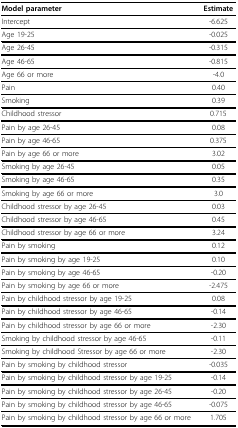
| Model parameter | Estimate |
 | --- | --- |
 | Intercept | -6.625 |
 | Age 19-25 | -0.025 |
 | Age 26-45 | -0.315 |
 | Age 46-65 | -0.815 |
 | Age 66 or more | -4.0 |
 | Pain | 0.40 |
 | Smoking | 0.39 |
 | Childhood stressor | 0.715 |
 | Pain by age 26-45 | 0.08 |
 | Pain by age 46-65 | 0.375 |
 | Pain by age 66 or more | 3.02 |
 | Smoking by age 26-45 | 0.05 |
 | Smoking by age 46-65 | 0.35 |
 | Smoking by age 66 or more | 3.0 |
 | Childhood stressor by age 26-45 | 0.03 |
 | Childhood stressor by age 46-65 | 0.45 |
 | Childhood stressor by age 66 or more | 3.24 |
 | Pain by smoking | 0.12 |
 | Pain by smoking by age 19-25 | 0.10 |
 | Pain by smoking by age 46-65 | -0.20 |
 | Pain by smoking by age 66 or more | -2.475 |
 | Pain by childhood stressor by age 19-25 | 0.08 |
 | Pain by childhood stressor by age 46-65 | -0.14 |
 | Pain by childhood stressor by age 66 or more | -2.30 |
 | Smoking by childhood stressor by age 46-65 | -0.11 |
 | Smoking by childhood Stressor by age 66 or more | -2.30 |
 | Pain by smoking by childhood stressor | -0.035 |
 | Pain by smoking by childhood stressor by age 19-25 | -0.14 |
 | Pain by smoking by childhood stressor by age 26-45 | -0.20 |
 | Pain by smoking by childhood stressor by age 46-65 | -0.075 |
 | Pain by smoking by childhood stressor by age 66 or more | 1.705 |